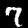
Label: 7